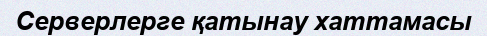
Серверлерге қатынау хаттамасы